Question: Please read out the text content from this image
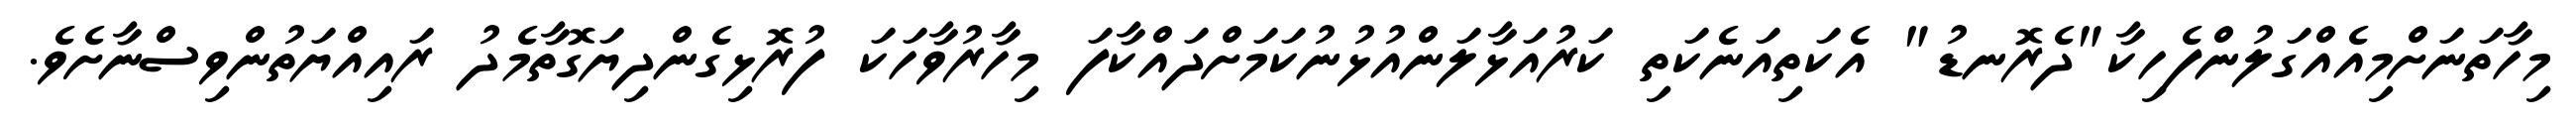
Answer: މިހާތަނަށްމިއެއްގަލުންފެހިކާ"ދެރޮނޑު" އެކަތިއަނެކަތި ކަރުއަޅާލަންއުޅުނުކަމަށްދައްކާފަ މިހާރުވާހަކަ ފުރޮޅިގެންދިޔަގޮތާމެދު ރައިއްޔަތުންވިސްނާށެވެ.